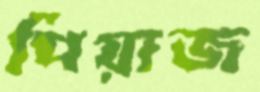
পিয়াজ